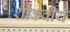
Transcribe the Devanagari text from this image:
शांकवीय